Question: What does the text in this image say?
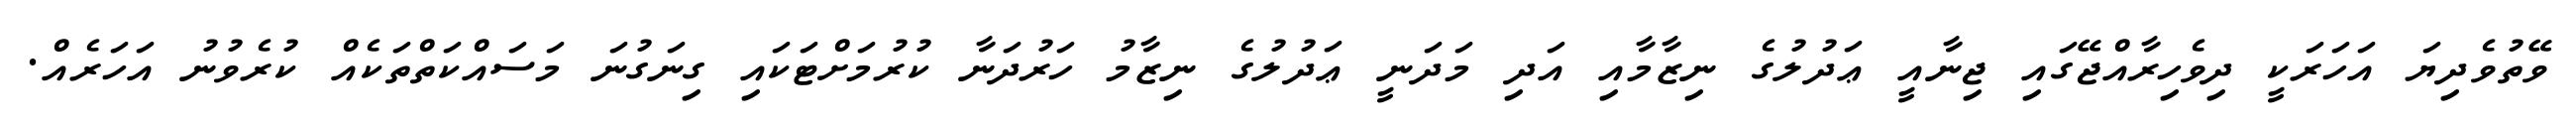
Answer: ވޭތުވެދިޔަ އަހަރަކީ ދިވެހިރާއްޖޭގައި ޖިނާއީ ޢަދުލުގެ ނިޒާމާއި އަދި މަދަނީ ޢަދުލުގެ ނިޒާމު ހަރުދަނާ ކުރުމަށްޓަކައި ގިނަގުނަ މަސައްކަތްތަކެއް ކުރެވުނު އަހަރެއް.